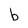
Character: b